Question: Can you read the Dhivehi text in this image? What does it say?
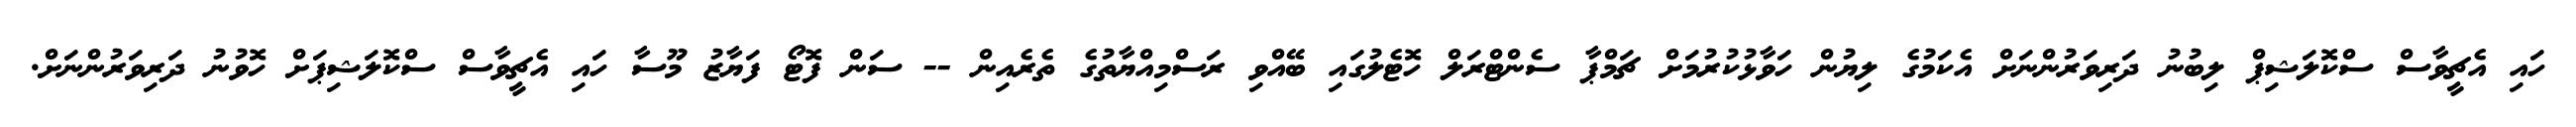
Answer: ހައި އެޗީވާސް ސްކޮލަޝިޕް ލިބުނު ދަރިވަރުންނަށް އެކަމުގެ ލިޔުން ހަވާޅުކުރުމަށް ޗަމްޕާ ސެންޓްރަލް ހޮޓެލުގައި ބޭއްވި ރަސްމިއްޔާތުގެ ތެރެއިން -- ސަން ފޮޓޯ ފަޔާޒު މޫސާ ހައި އެޗީވާސް ސްކޮލަޝިޕަށް ހޮވުނު ދަރިވަރުންނަށް.